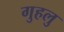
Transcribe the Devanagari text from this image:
गुहलु